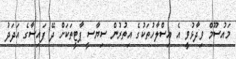
މައުސޫމް ވިދާޅުވީ އެ އިސްލާހުތަކުގެ އިތުރުން ސިޔާސީ ޕާޓީތަކަށް ދޭ ފައިސާގެ އަދަދު